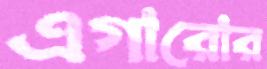
এগারোর